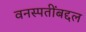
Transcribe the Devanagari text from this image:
वनस्पतींबद्दल